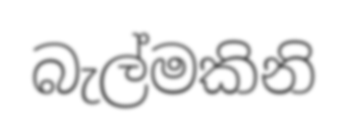
බැල්මකිනි